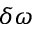
\delta \omega